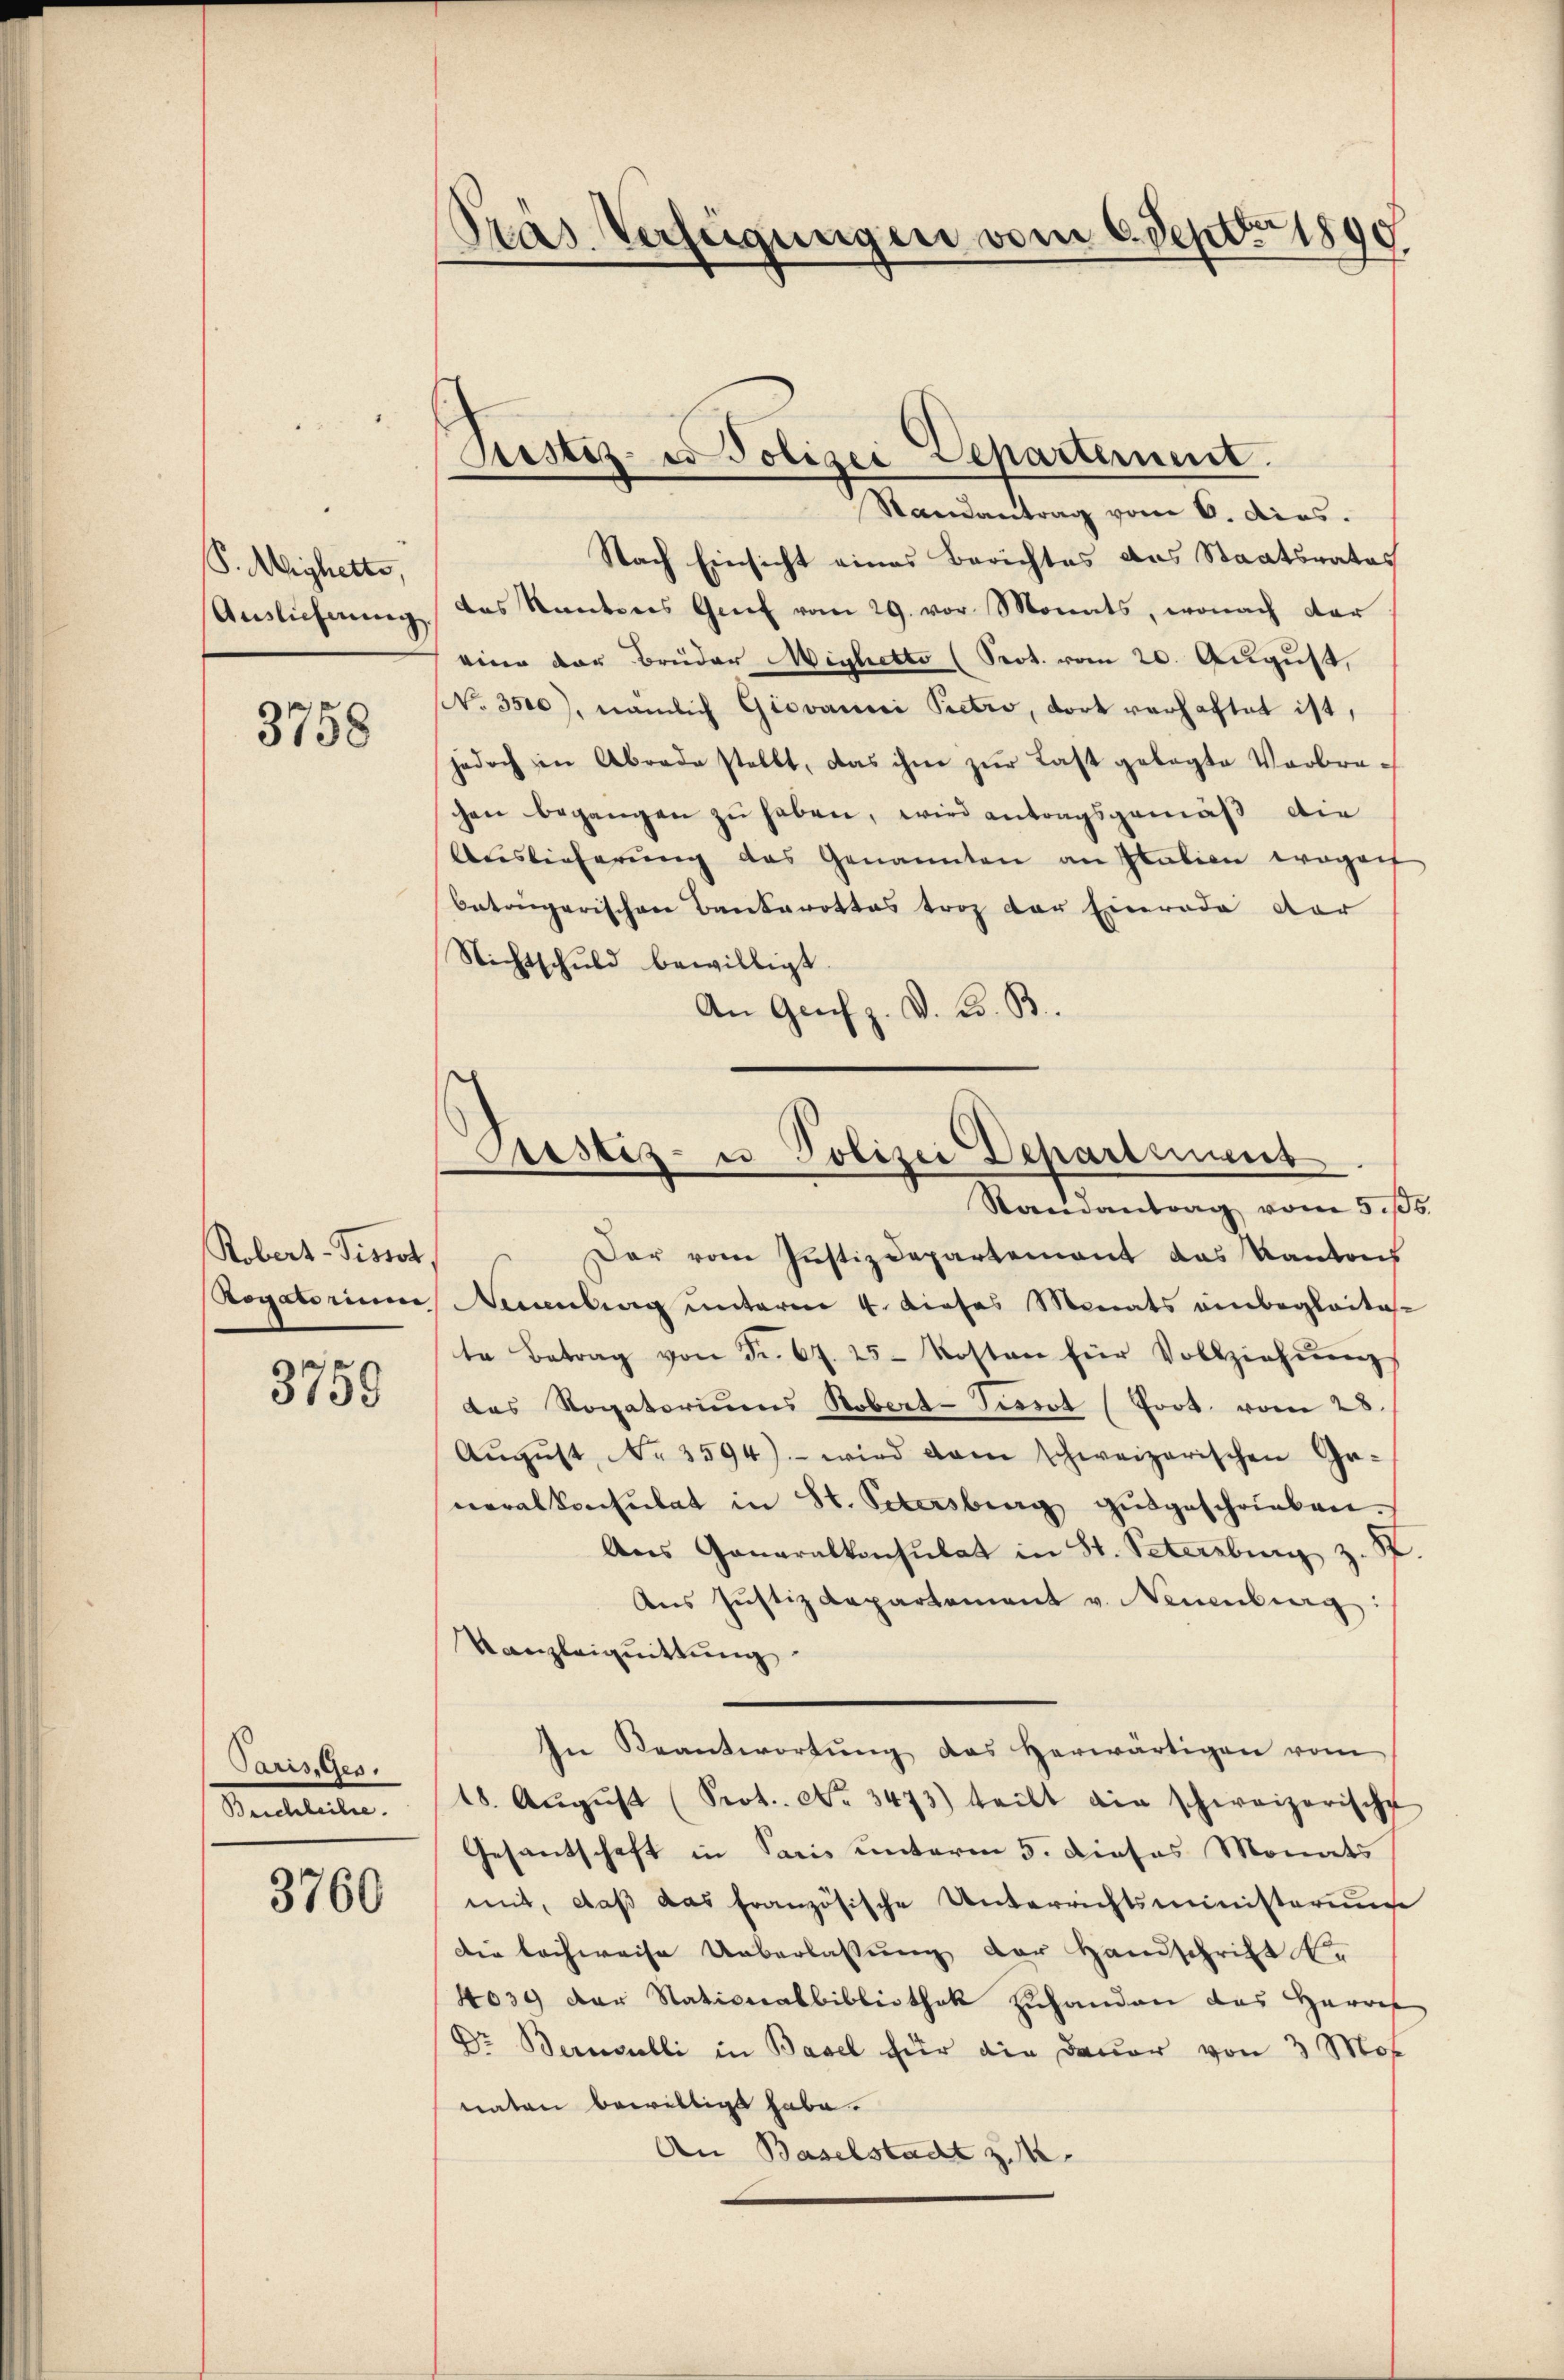
S. Mighette,
Auslichnung

3758

Robert-Tissot.

3759

Tarises.
Beichleihe.

3760

Nach Einsicht eines Berichtes des Staatsrates
des Kantons Genf vom 29. vor. Monats, wonach dar
eine der Brüder Michetto (Seot. vom 20. August,
NNo. 3500), nämlich Giovanici Pietro, dort verhaftet ist,
jedoch in Abrade stellt, das ihme zŭr Last gelegte Verbrechen begangen zu haben, wird antragsgemäß die
Auslieferung das Genannten an Station wogen
Oetrugerischen Bankarottes trag der Einrade dar
Nichtschuld bewilligt.
An Graf z. D. W. B.

Tras Verfeigungen vom 6. Septer 1890

Sistiz- er Polizei Departement.
Randantrag vom 6. dies.

Justiz- u Polizei Departinums
Randantrag vom 5. 100.

Der vom Justizdepartement das Kantons
Rogatorium Neuenburg unterm 4. dieses Monats einbegleite
te Betrag von Fr. 67. 25 Kosten für Vollziehŭngs
das Rogatoriums Robert-Tissot (fort. vom 28.
Aŭgŭst No 3594).- wird dan schweizerischen Ganeralkonsulat in St. Petersburg ausgeschrieben.
Aus Ganaralkonsulat in St. Petersburg z. S.
Ans Jŭstizdepartement v. Neuenburg:
Kanzleiquittung.
In Beantwortŭng das herwärtigen vom
18. Aŭgŭst (Prot. No 3473) teilt die schweizerische
Gesantschaft in Paris unterm 5. Dieses Monats
mit, daß das französische Unterrichtsministerunge
die Sachweise Ueberlassŭng der Handschrift e
4039 der Nationalbibliothek zuhanden das Herres
Dr. Bernerelli in Basel für die Dauer von 3 Mos
naten bewilligt habe.
An Baselstadt z. B.